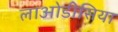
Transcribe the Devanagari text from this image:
लाओडीसिया